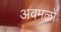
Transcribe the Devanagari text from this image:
अवमलों